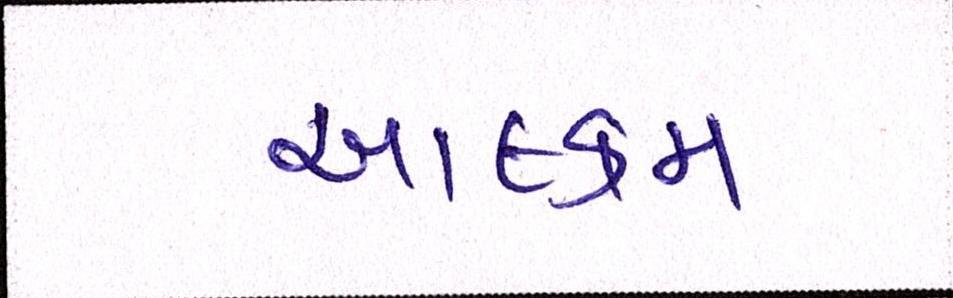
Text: આલ્કમ